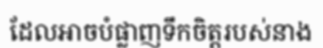
ដែលអាចបំផ្លាញទឹកចិត្តរបស់នាង